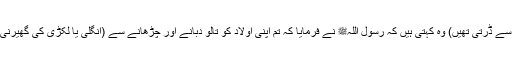
وہ بچے پر تشنج کے خطرہ سے ڈرتی تھیں) وہ کہتی ہیں کہ رسول اللہﷺ نے فرمایا کہ تم اپنی اولاد کو تالو دبانے اور چڑھانے سے (انگلی یا لکڑی کی گھیرنی سے ) تکلیف کیوں دیتی ہو؟